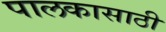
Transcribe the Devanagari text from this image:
पालकासाठी